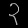
Digit: ၃